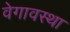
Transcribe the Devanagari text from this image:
वेगावस्था